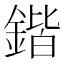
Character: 鍇